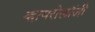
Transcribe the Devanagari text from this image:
व्हायरोलॉजी